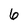
Character: 6